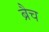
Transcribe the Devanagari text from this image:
ब्रैच